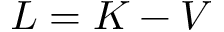
L = K - V